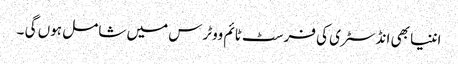
اننیا بھی انڈسٹری کی فرسٹ ٹائم ووٹرس میں شامل ہوں گی ۔